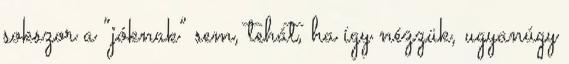
sokszor a “jóknak” sem, tehát, ha így nézzük, ugyanúgy